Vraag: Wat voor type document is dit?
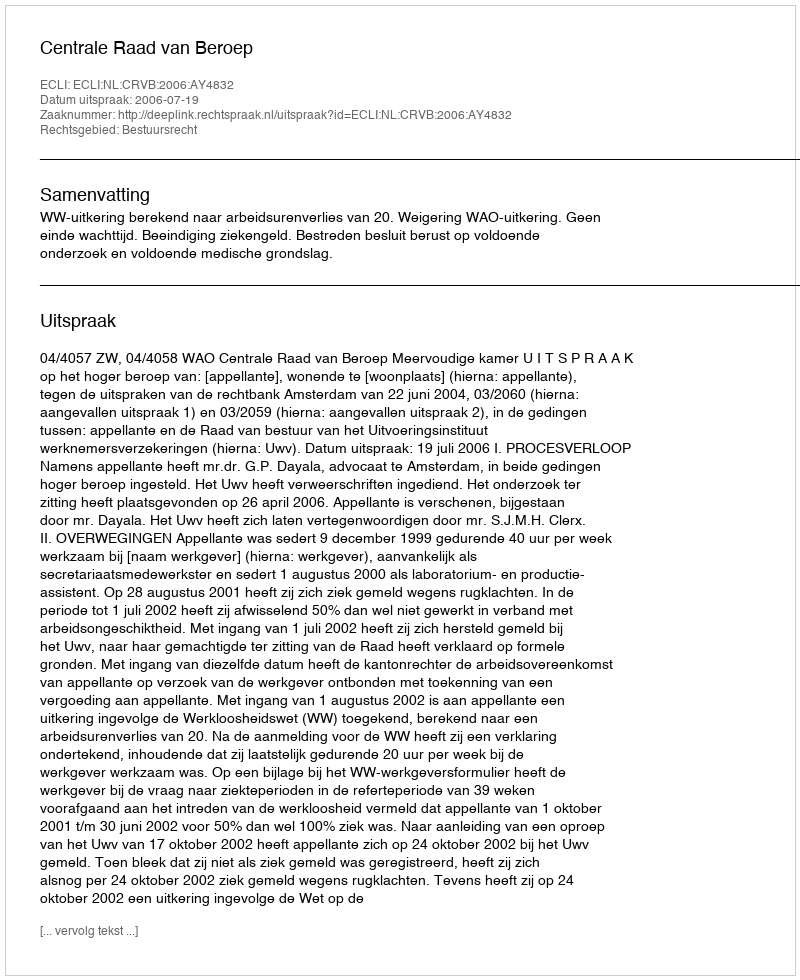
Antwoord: Uitspraak